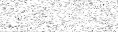
: